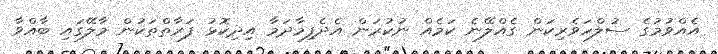
އެއްވުމުގެ ސުލްހަވެރިކަން ގެއްލޭނެ ކަމެއް ނުކުރަން އެދެފިމާދަމާ އިދިކޮޅު ފަރާތްތަކުން މާލޭގައި ބާއްވާ